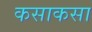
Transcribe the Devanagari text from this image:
कसाकसा